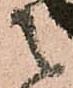
之